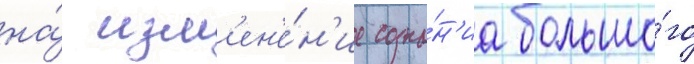
на́ изм'ен'е́н'ие созна́н'иа большо́го